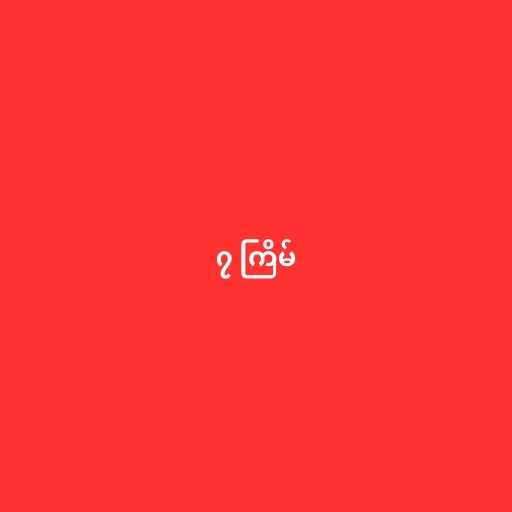
၇ ကြိမ်